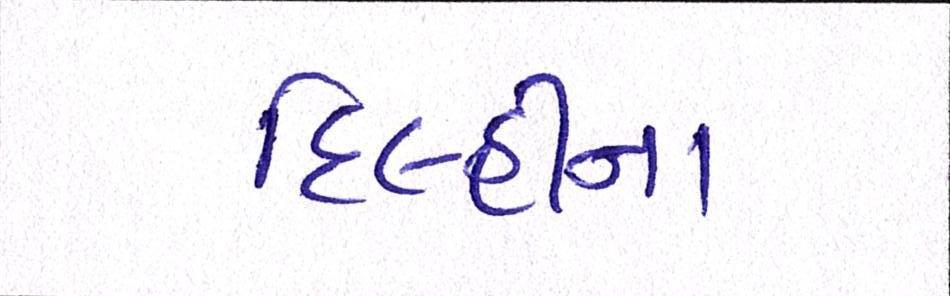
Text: દિલ્હીના